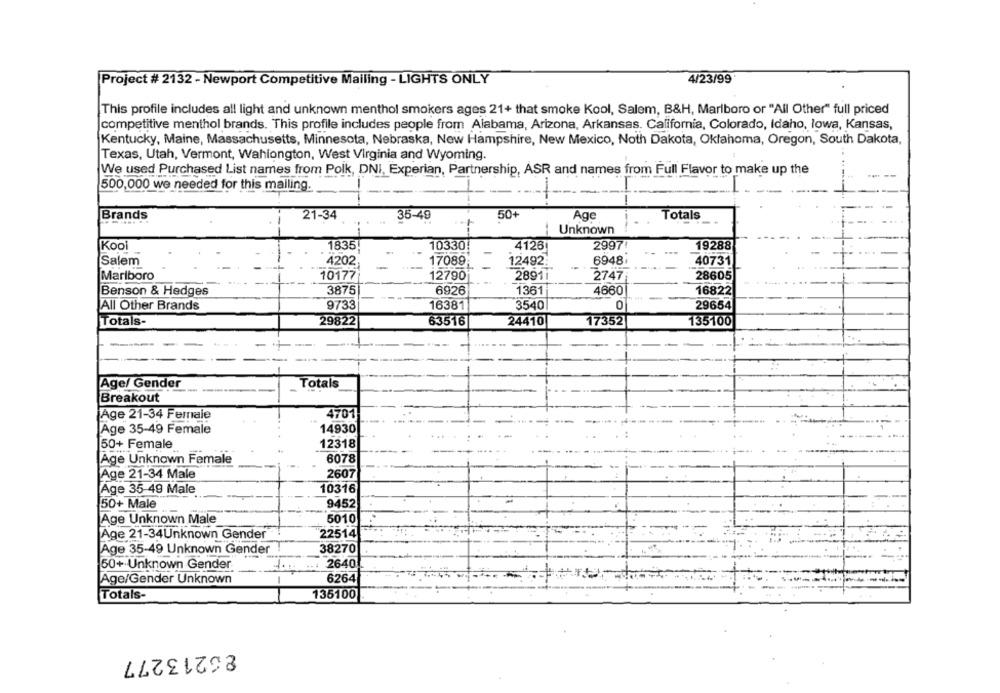
Project # 2132 - Newport Competitive Mailing - LIGHTS ONLY
4/23/99
This profile includes all light and unknown menthol smokers ages 21+ that smoke Kool, Salem, B&H, Marlboro or "All Other" full priced
competitive menthol brands. This profile includes people from Alabama, Arizona, Arkansas. California, Colorado, Idaho, lowa, Kansas,
Kentucky, Maine, Massachusetts, Minnesota, Nebraska, New Hampshire, New Mexico, Noth Dakota, Oklahoma, Oregon, South Dakota,
Texas, Utah, Vermont, Wahiongton, West Virginia and Wyoming.
We used Purchased List names from Polk, DNI, Experian, Partnership, ASR and names from Full Flavor to make up the
--
500,000 we needed for this mailing.
-
50+
Brands
21-34
35-49
Age
Totals
Unknown
Kool
1835!
10330
4126
2997!
19288
Salem
4202
17089
12492
6948,
40731
Marlboro
10177
12790
2891 1
2747
28605
-----
3875
6926
1361
4660
16822
Benson & Hedges
0
All Other Brands
9733
16381
3540
29654
Totals-
29822
63516
24410
17352
135100
Age/ Gender
Totals
Breakout
Age 21-34 Female
4701
Age 35-49 Female
14930
12318
50+ Female
Age Unknown Female
6078
Age 21-34 Male
2607
Age 35 49 Male
10316
50+ Male
9452
Age Unknown Male
5010
22514
Age 21-34Unknown Gender
Age 35-49 Unknown Gender
38270
50+ Unknown Gender
2640
Age/Gender Unknown
6264
Totals-
135100
86213277